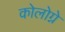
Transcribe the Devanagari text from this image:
कोलोग्ने